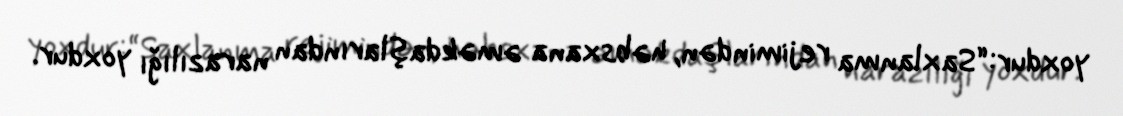
yoxdur:“Saxlanma rejimindən, həbsxana əməkdaşlarından narazılığı yoxdur.